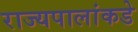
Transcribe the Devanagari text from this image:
राज्यपालांकडे